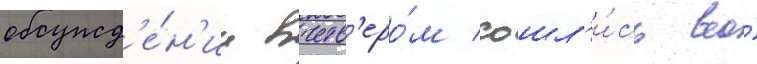
обсужд'е́н'ии вчетв'еро́м сошл'и́сь во́